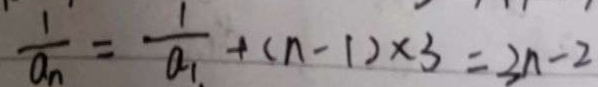
\frac { 1 } { a _ { n } } = \frac { 1 } { a _ { 1 . } } + ( n - 1 ) \times 3 = 3 n - 2